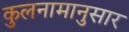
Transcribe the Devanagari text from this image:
कुलनामानुसार